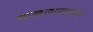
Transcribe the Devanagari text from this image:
शाखासम्बद्ध